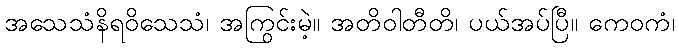
အသေသံနိရဝိသေသံ၊ အကြွင်းမဲ့။ အတိဝါတီတိ၊ ပယ်အပ်ပြီ။ ကေဝကံ၊